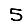
Digit: 5